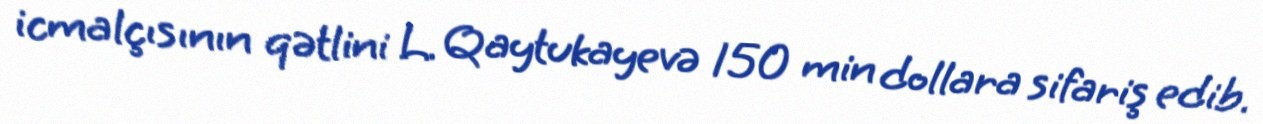
icmalçısının qətlini L. Qaytukayevə 150 min dollara sifariş edib.